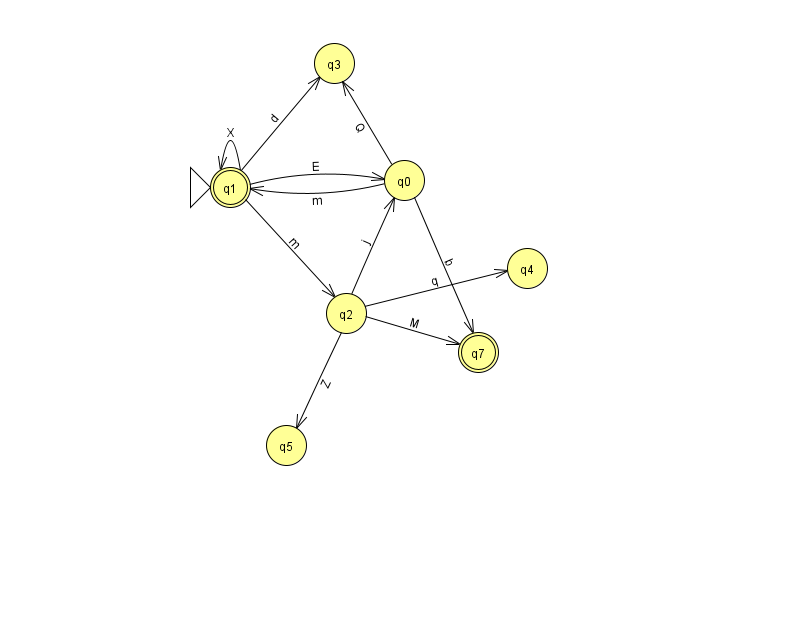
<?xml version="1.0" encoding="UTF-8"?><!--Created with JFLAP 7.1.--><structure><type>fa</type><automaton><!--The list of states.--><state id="0" name="q0"><x>404.0</x><y>167.0</y></state><state id="1" name="q1"><x>230.0</x><y>174.0</y><initial/><final/></state><state id="2" name="q2"><x>346.0</x><y>300.0</y></state><state id="3" name="q3"><x>334.0</x><y>50.0</y></state><state id="4" name="q4"><x>527.0</x><y>255.0</y></state><state id="5" name="q5"><x>286.0</x><y>432.0</y></state><state id="7" name="q7"><x>478.0</x><y>339.0</y><final/></state><!--The list of transitions.--><transition><from>2</from><to>5</to><read>Z</read></transition><transition><from>1</from><to>3</to><read>d</read></transition><transition><from>1</from><to>0</to><read>E</read></transition><transition><from>0</from><to>3</to><read>Q</read></transition><transition><from>0</from><to>7</to><read>b</read></transition><transition><from>1</from><to>1</to><read>X</read></transition><transition><from>2</from><to>4</to><read>q</read></transition><transition><from>2</from><to>7</to><read>M</read></transition><transition><from>2</from><to>0</to><read>j</read></transition><transition><from>0</from><to>1</to><read>m</read></transition><transition><from>1</from><to>2</to><read>m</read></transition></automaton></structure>